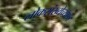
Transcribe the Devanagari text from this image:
लोकसंख्येच्या१४